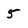
Character: 5